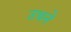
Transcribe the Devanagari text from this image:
उथने